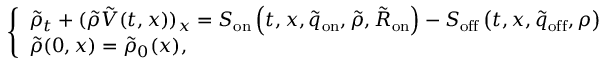
\begin{array} { r } { \left\{ \begin{array} { l c c } { \tilde { \rho } _ { t } + ( \tilde { \rho } \tilde { V } ( t , x ) ) _ { x } = { S } _ { \mathrm { o n } } \left( t , x , \tilde { q } _ { \mathrm { o n } } , \tilde { \rho } , \tilde { R } _ { \mathrm { o n } } \right) - S _ { \mathrm { o f f } } \left( t , x , \tilde { q } _ { \mathrm { o f f } } , \rho \right) } \\ { \tilde { \rho } ( 0 , x ) = \tilde { \rho } _ { 0 } ( x ) , } \end{array} \right. } \end{array}